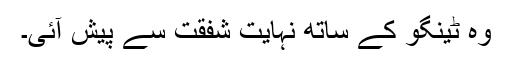
وہ ٹینگو کے ساتھ نہایت شفقت سے پیش آئی۔